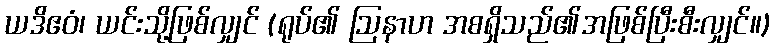
ယဒိဧဝံ၊ ယင်းသို့ဖြစ်လျှင် (ရုပ်၏ ဩနာဟ အစရှိသည်၏အဖြစ်ပြီးစီးလျှင်။)